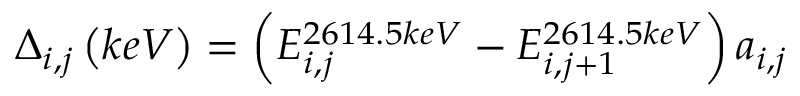
\begin{array} { r } { \Delta _ { i , j } \left( k e V \right) = \left( E _ { i , j } ^ { 2 6 1 4 . 5 k e V } - E _ { i , j + 1 } ^ { 2 6 1 4 . 5 k e V } \right) a _ { i , j } } \end{array}